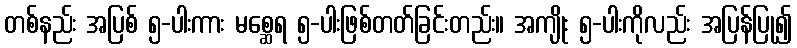
တစ်နည်း အပြစ် ၅-ပါးကား မစ္ဆေရ ၅-ပါးဖြစ်တတ်ခြင်းတည်း။ အကျိုး ၅-ပါးကိုလည်း အပြန်ပြု၍